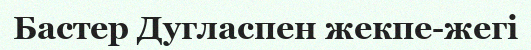
Бастер Дугласпен жекпе-жегі